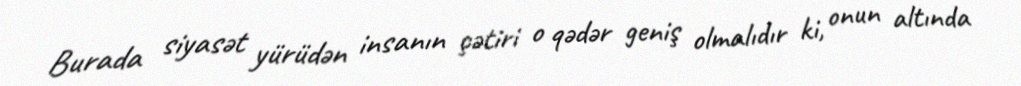
Burada siyasət yürüdən insanın çətiri o qədər geniş olmalıdır ki, onun altında